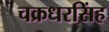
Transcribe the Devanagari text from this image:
चक्रधरसिंह